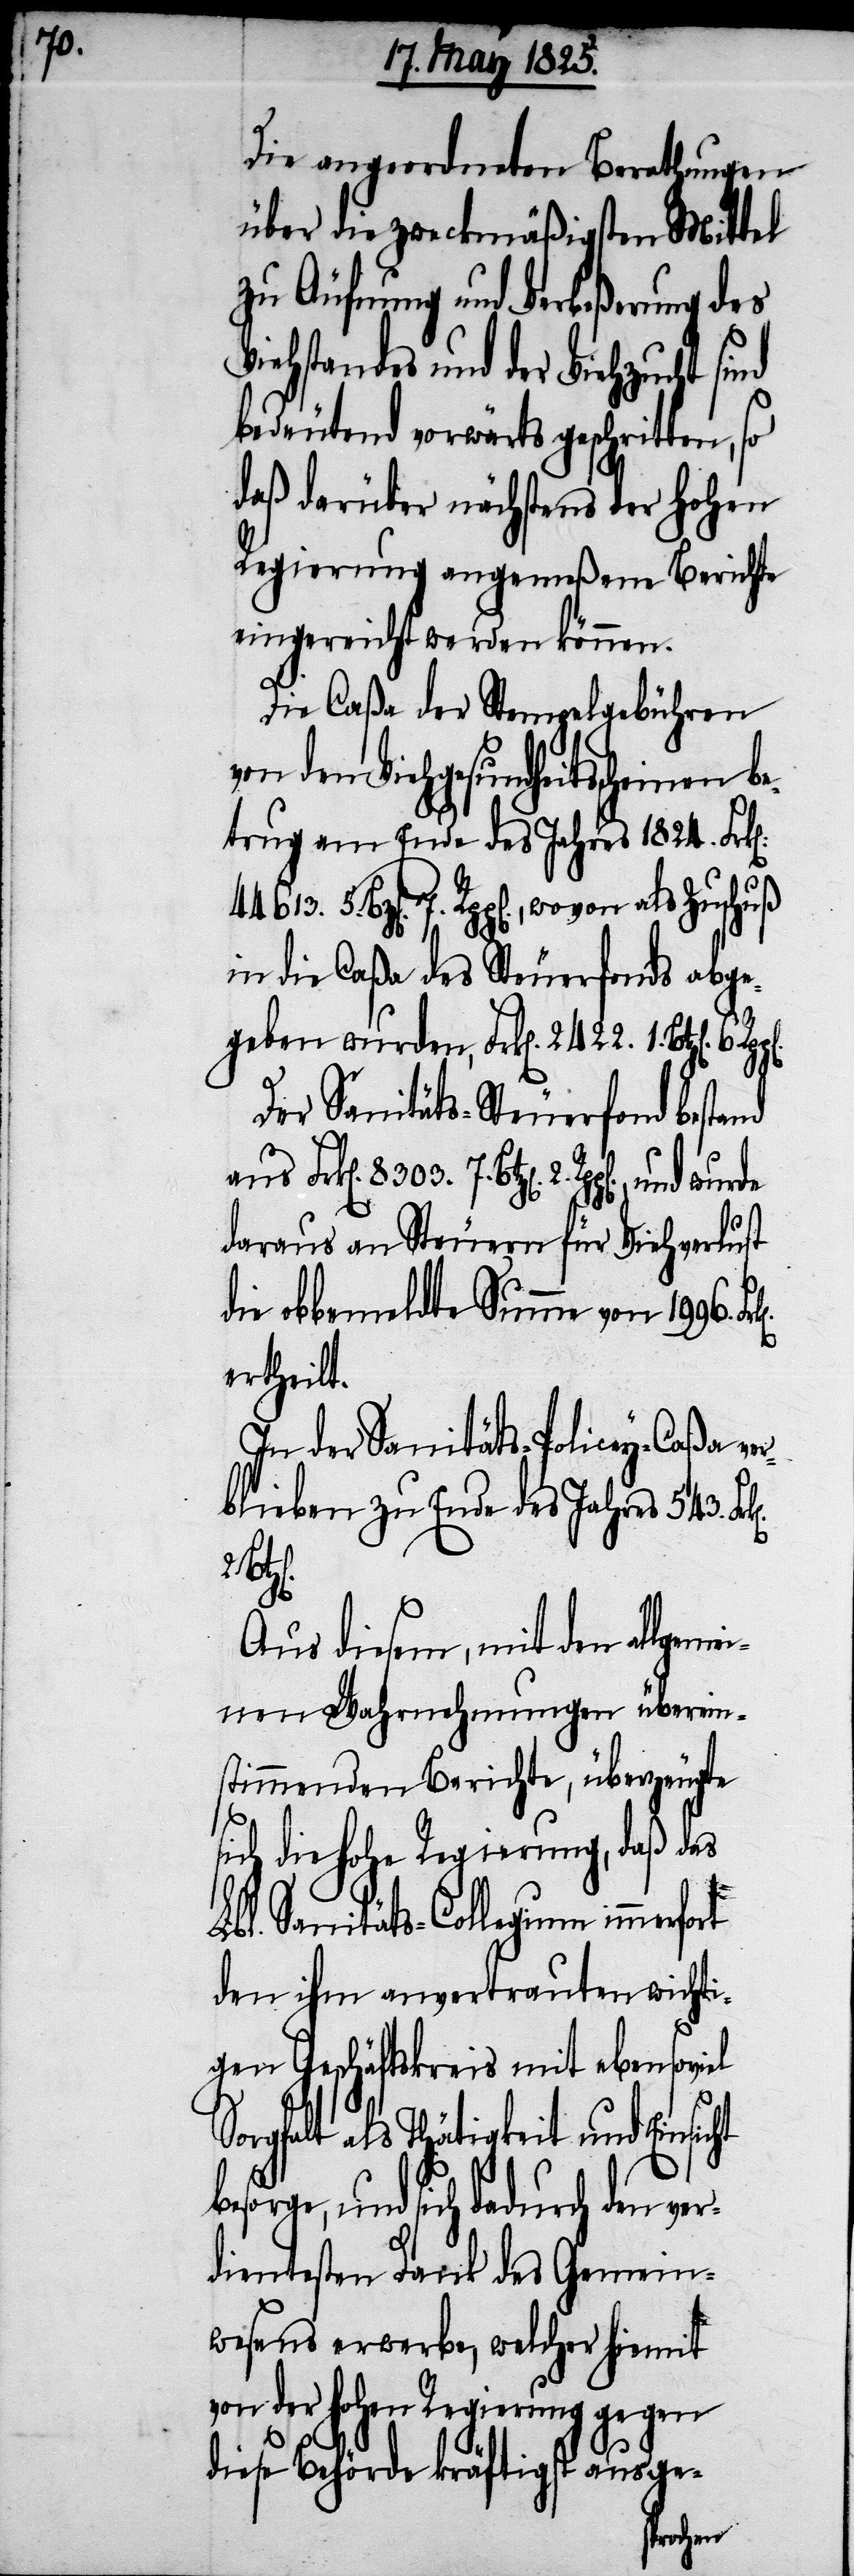
7.

Die angeordneten Berathungen
über die zweckmäßigsten Mittel
zu Äufnung und Verbeßerung sind
bedeutend vorwärts geschritten, so
daß darüber nächstens der Hohen
Regierung angemeßene Berichte
eingereicht werden können.
Die Caßa der Stempelgebühren
von den Viehgesundheitsscheinen
trug am Ende des Jahres 1824. Fr¬
Der Sanitäts-Steuerfond bestand
7. Btz[en]. 2. Rpp[en]., und wurde
daraus an Steuern für Viehverlust
die obbemeldte Summe von 1996.
ht
ertheilt.
In der Sanitäts-Policey-Caßa ver¬
blieben zu Ende des Jahres 543.
k[en].
Aus diesem, mit den allgem¬
einen Wahrnehmungen überein¬
stimmenden Berichte, überzeugte
sich die hohe Regierung, daß das
Lbl. Sanitäts-Collegium immerfort
den ihm anvertrauten wichti¬
gen Geschäftskreis mit ebensoviel
Sorgfalt als Thätigkeit und Einsic¬
besorge, und sich dadurch den ver¬
dientesten Dank des Gemein¬
wesens erwerbe, welcher hiermit
von der hohen Regierung gegen
diese Behörde kräftigst ausge-